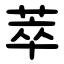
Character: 萃